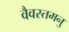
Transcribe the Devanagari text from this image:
वैवस्तमनु